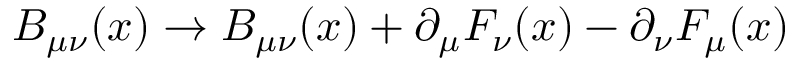
B _ { \mu \nu } ( x ) \rightarrow B _ { \mu \nu } ( x ) + \partial _ { \mu } F _ { \nu } ( x ) - \partial _ { \nu } F _ { \mu } ( x )